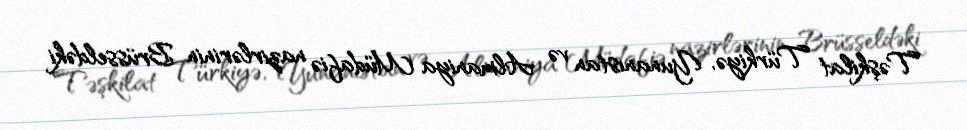
Təşkilat Türkiyə, Yunanıstan və Almaniya Müdafiə nazirlərinin Brüsseldəki